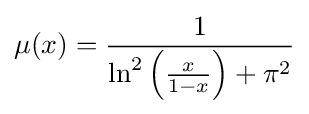
\mu (x)={\frac {1}{\ln ^{2}\left({\frac {x}{1-x}}\right)+\pi ^{2}}}